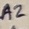
Text: A2